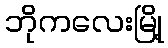
ဘိုကလေးမြို့